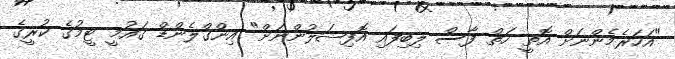
"އަހަރެމެންނަށް އޮތީ ހަތް ފާސް ލިބިފައި އޮފިޝަލުންނަށް" އިންގްލެންޑް ގައުމީ ޓީމުގެ ކުރީގެ